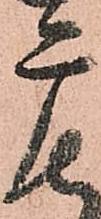
广